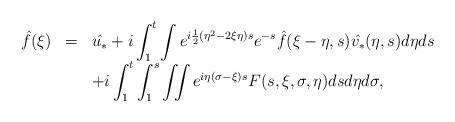
LaTeX: \begin{align*}\begin{array}{lllll}\hat{f}(\xi)&=&\displaystyle \hat{u_*}+i\int_1^t\int e^{i\frac 12(\eta^2-2\xi\eta)s} e^{-s}{\hat{f}(\xi-\eta,s)\hat{v_*}(\eta,s)}d\eta ds\\&&\displaystyle +i\int_1^t\int_1^s\iint e^{i\eta(\sigma-\xi)s}F(s,\xi,\sigma,\eta)dsd\eta d\sigma,\end{array}\end{align*}